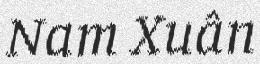
Nam Xuân